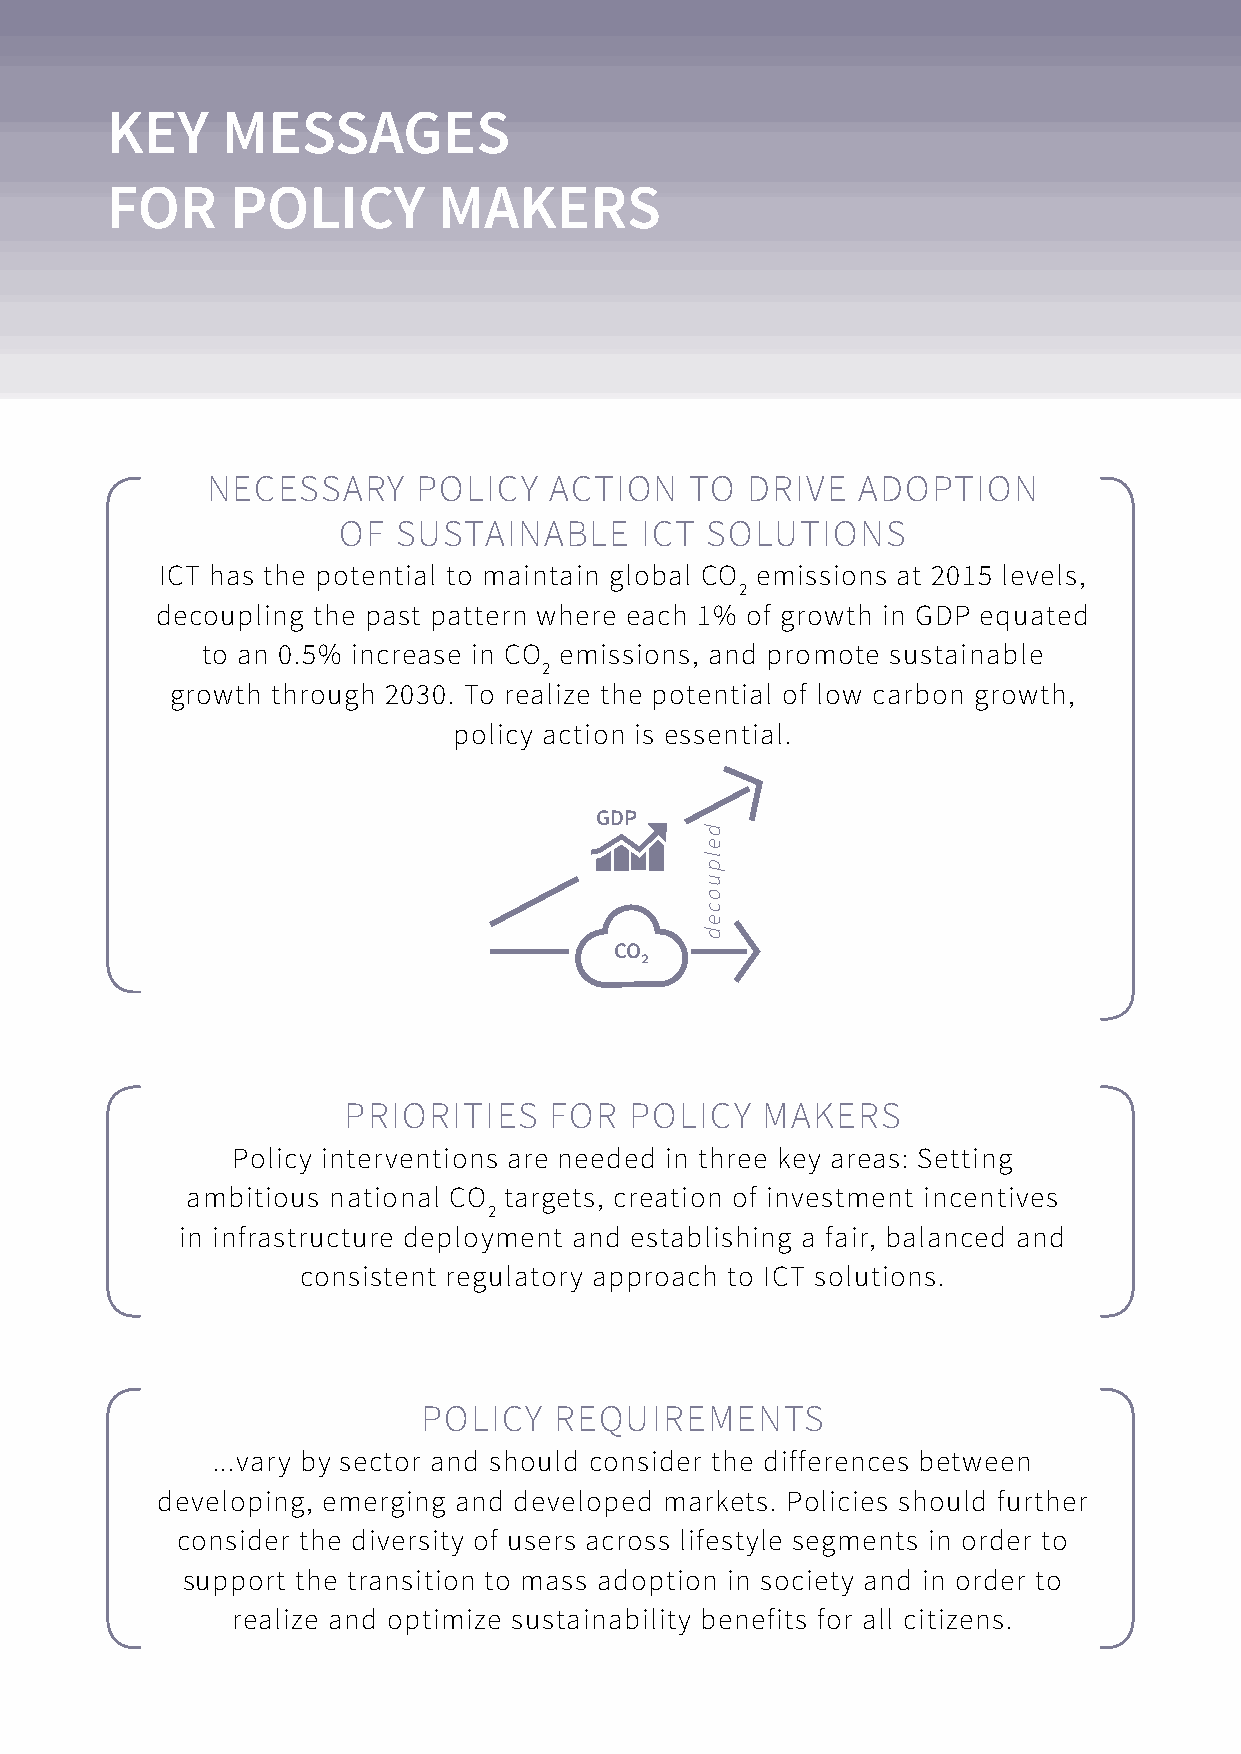
KEY     MESSAGES
 FOR     POLICY        MAKERS
 NeceSSARy     policy  AcTioN   T o dRive  Adop   TioN
 of  Su STAiNAble    ic T SoluTioNS
 icT has the potential to maintain global co emissions at 2015 levels,
 2
 decoupling the past pattern where each 1% of growth in Gdp equated
 to an 0.5% increase in co emissions, and promote sustainable
 2
 growth through 2030. To realize the potential of low carbon growth,
 policy action is essential.
 GGDDPP
 CO₂
 pRioRiTieS  foR  policy   MAkeRS
 policy interventions are needed in three key areas: Setting
 ambitious national co targets, creation of investment incentives
 2
 in infrastructure deployment and establishing a fair, balanced and
 consistent regulatory approach to icT solutions.
 policy  ReQuiReMeNTS
 ...vary by sector and should consider the differences between
 developing, emerging and developed markets. policies should further
 consider the diversity of users across lifestyle segments in order to
 support the transition to mass adoption in society and in order to
 realize and optimize sustainability benefits for all citizens.
 delpuoced